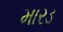
મારડ